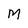
Character: M